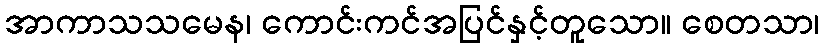
အာကာသသမေန၊ ကောင်းကင်အပြင်နှင့်တူသော။ စေတသာ၊